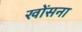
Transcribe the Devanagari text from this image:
खोंसना